Annual administration report of the Civil Veterinary Department, Sind - 1938-1939
Year: 1938
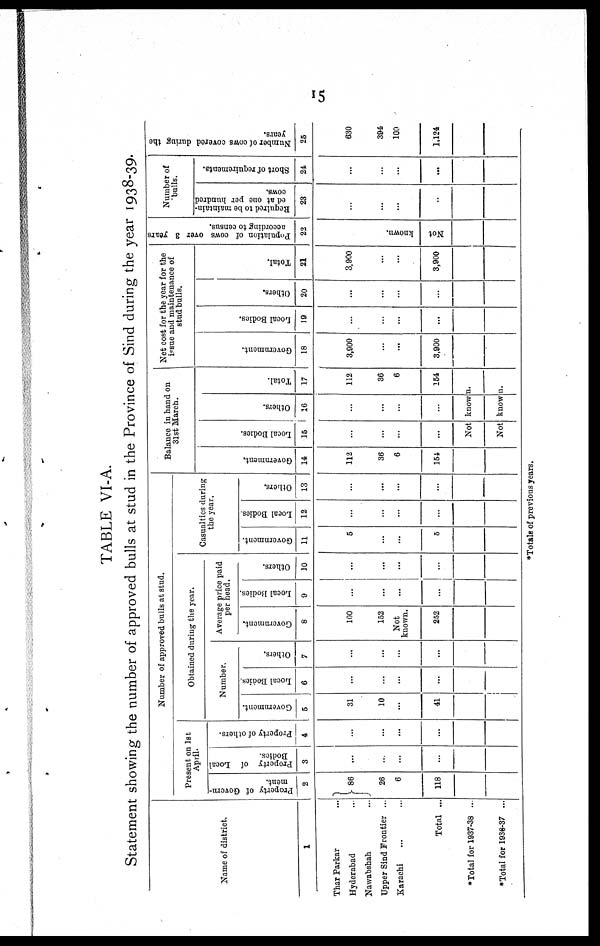
15
TABLE VI-A.
Statement showing the number of approved bulls at stud in the Province of Sind during the year 1938-39.
Name of district.
1
Thar Parkar ...
Hyderabad ...
Nawabshah ...
Upper Sind Frontier ...
Karachi ... ...
Total ...
*Total for 1937-38 ...
*Total for 1936-37 ...
Number of approved bulls at stud.
Present on 1st
April.
Pr ope r
t
y of Gove r
n¬
ment.
2
86
26
6
118
Pr oper t
y of Local
Bodies.
3
...
...
...
Property of others.
4
...
...
Obtained during the year.
Number.
Government.
5
31
10
41
Local Bodies.
6
...
...
Others.
7
...
...
...
...
Average price paid
per
head.
Government.
8
100
152
Not
known.
252
Local Bodies.
9
...
...
...
...
Others
10
...
...
...
...
Casualties during
the year.
Government.
11
5
...
...
5
Local Bodies.
12
...
...
...
...
Others.
13
...
...
...
...
Balance in hand on
31st March.
Government.
14
112
36
6
154
Local Bodi es .
15
...
...
...
...
Ot hers.
16
...
...
...
...
Total.
17
112
36
6
154
Not known.
Not known.
Net cost for the year for the
issue and maintenance of
stud bulls.
Government.
18
3,900
...
...
3,900
Local Bodi es .
19
...
...
...
...
Others.
20
...
...
...
...
Total.
21
3,900
...
...
3,900
Population of cows over 3 years
according
to
census.
22
Not known.
Number of
bulls.
Required to be maintain¬
ed at one per hundred
cows.
23
...
...
...
...
Short of requirements.
24
...
...
...
...
Number of cows covered during th
years. 25
630
394
100
1,124
*Totals of previous years.